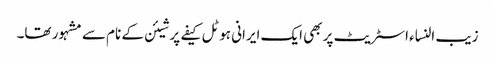
زیب النساء اسٹریٹ پر بھی ایک ایرانی ہوٹل کیفے پرشیئن کے نام سے مشہور تھا۔